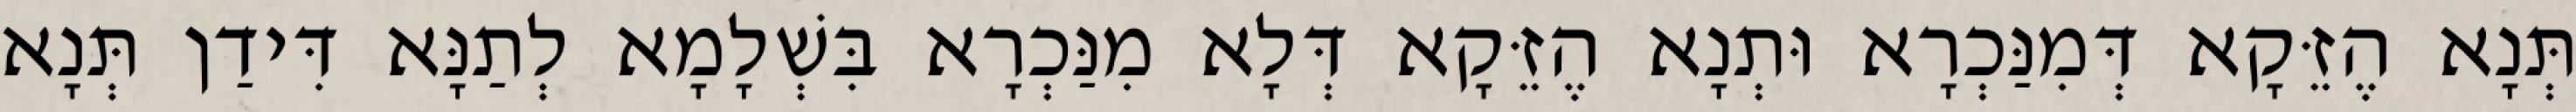
תְּנָא הֶזֵּקָא דְּמִנַּכְרָא וּתְנָא הֶזֵּקָא דְּלָא מִנַּכְרָא בִּשְׁלָמָא לְתַנָּא דִּידַן תְּנָא